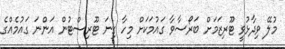
މުލޭ ވިދާޅުވީ ޓޫރިޒަމަށް ބަރޯސާވާ ގައުމަކަށް މިހާ ގިނަ ޓޫރިސްޓުން އަންނަ ގައުމެއްގެ